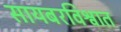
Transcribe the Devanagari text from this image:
सायबरविश्वात